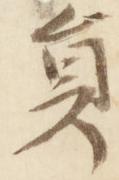
員